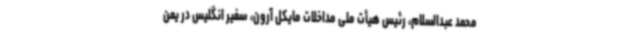
محمد عبدالسلام، رئیس هیأت ملی مداخلات مایکل آرون، سفیر انگلیس در یمن